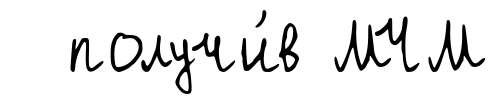
получи́в МЧМ